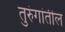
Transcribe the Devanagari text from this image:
तुरुंगांतील